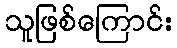
သူဖြစ်ကြောင်း